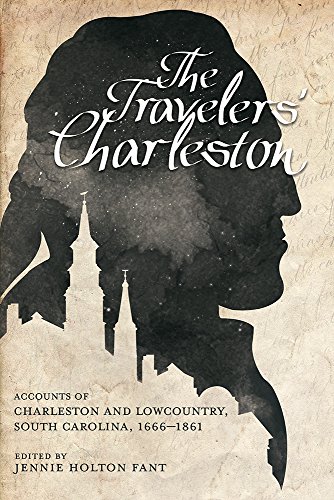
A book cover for The Traveler's Charleston: Accounts of Charleston and Lowcountry, South Carolina, 1666-1861; Travel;